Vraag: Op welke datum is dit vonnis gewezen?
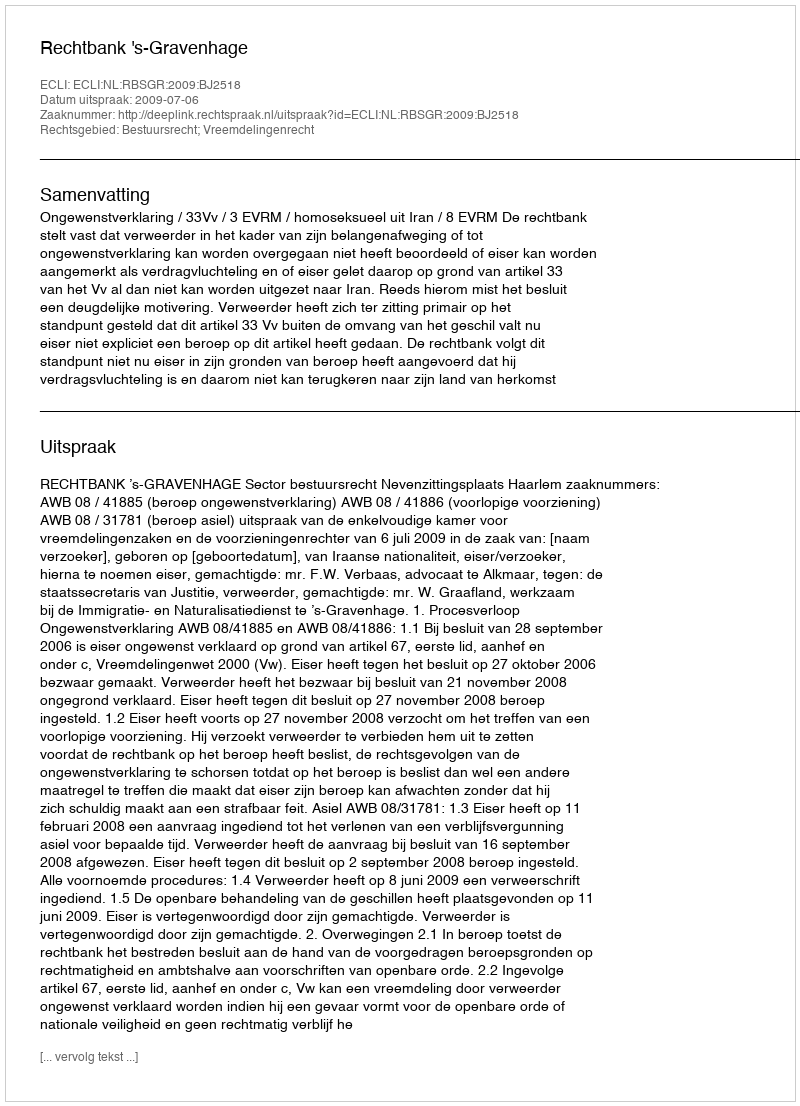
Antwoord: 2009-07-06